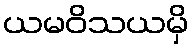
ယမဝိသယမှိ